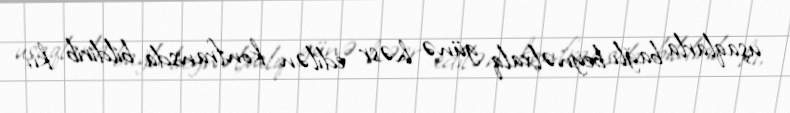
uşaqlarla bağlı beynəlxalq günə həsr edilən konfransda bildirib ki,